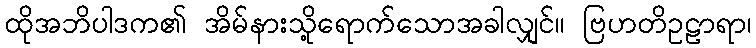
ထိုအဘိပါဒက၏ အိမ်နားသို့ရောက်သောအခါလျှင်။ ဗြဟတိဥဠာရာ၊